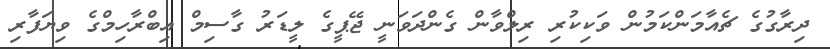
ދިރާގުގެ ޗެއާމަންކަމުން ވަކިކުރި ރިލްވާން ގެންދަވަނީ ޖޭޕީގެ ލީޑަރު ގާސިމް އިބްރާހިމްގެ ވިޔަފާރި